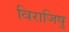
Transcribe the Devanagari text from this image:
विराजिषु